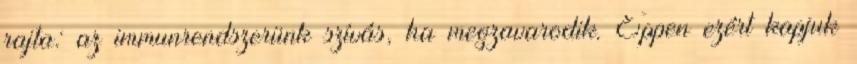
rajta: az immunrendszerünk szívás, ha megzavarodik. Éppen ezért kapjuk